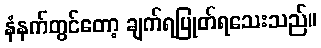
နံနက်တွင်တော့ ချက်ရပြုတ်ရသေးသည်။